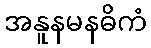
အနူနမနဓိကံ